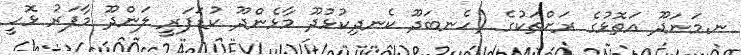
ނ.މަނަދޫ އަތޮޅުގެ ރަށްތަކުގެ (ހެނބަދޫ ކެނދިކުޅުދޫ މާޅެންދޫ ކުޑަފަރީ ލަންދޫ މާފަރު ޅޮހީ